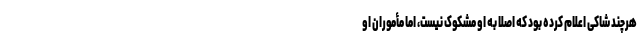
هرچند شاکی اعلام کرده بود که اصلا به او مشکوک نیست، اما مأموران او